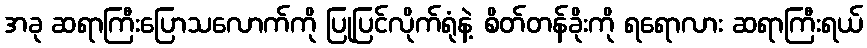
အခု ဆရာကြီးပြောသလောက်ကို ပြုပြင်လိုက်ရုံနဲ့ စိတ်တန်ခိုးကို ရရောလား ဆရာကြီးရယ်